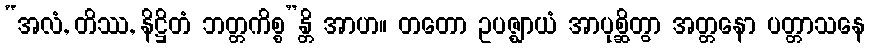
“အလံ, တိဿ, နိဋ္ဌိတံ ဘတ္တကိစ္စ”န္တိ အာဟ။ တတော ဥပဇ္ဈာယံ အာပုစ္ဆိတွာ အတ္တနော ပတ္တာသနေ